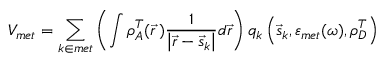
V _ { m e t } = \sum _ { k \in m e t } \left( \int \rho _ { A } ^ { T } ( \vec { r } \, ) \frac { 1 } { \left| \vec { r } - \vec { s } _ { k } \right| } d \vec { r } \right) q _ { k } \left( \vec { s } _ { k } , \varepsilon _ { m e t } ( \omega ) , \rho _ { D } ^ { T } \right)